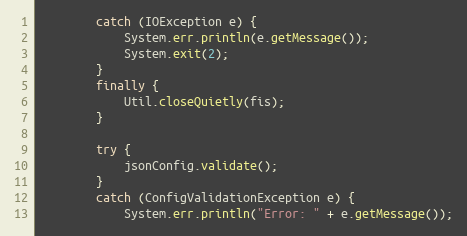
Language: Java
        catch (IOException e) {
            System.err.println(e.getMessage());
            System.exit(2);
        }
        finally {
            Util.closeQuietly(fis);
        }

        try {
            jsonConfig.validate();
        }
        catch (ConfigValidationException e) {
            System.err.println("Error: " + e.getMessage());